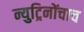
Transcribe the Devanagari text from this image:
न्युट्रिनोंचाच